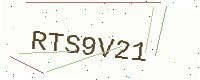
Text: RTS9V21